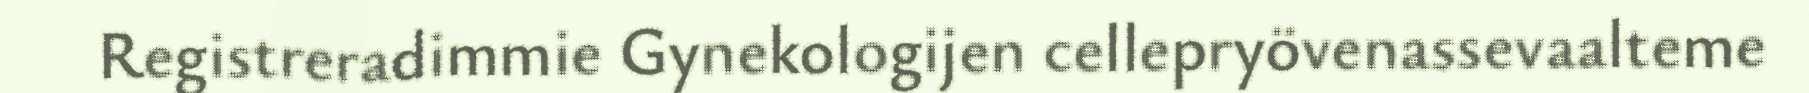
Registreradimmie Gynekologijen cellepryövenassevaalteme